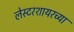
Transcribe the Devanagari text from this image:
लेस्टरशायरच्या